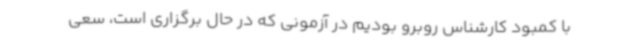
با کمبود کارشناس روبرو بودیم در آزمونی که در حال برگزاری است، سعی